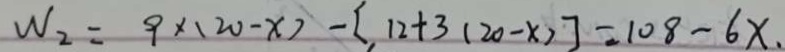
W _ { 2 } = 9 \times ( 2 0 - x ) - [ 1 2 + 3 ( 2 0 - x ) ] = 1 0 8 - 6 x .